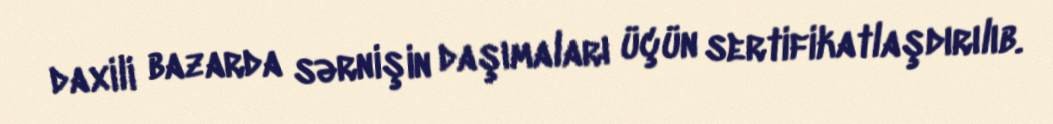
daxili bazarda sərnişin daşımaları üçün sertifikatlaşdırılıb.